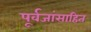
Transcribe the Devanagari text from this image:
पूर्वजांसाहित